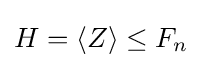
H=\langle Z\rangle \leq F_{n}